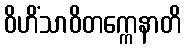
ဝိဟိံသာဝိတက္ကေနာတိ